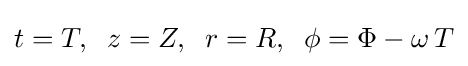
t=T,\;\;z=Z,\;\;r=R,\;\;\phi =\Phi -\omega \,T